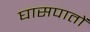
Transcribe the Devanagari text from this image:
घासपातों